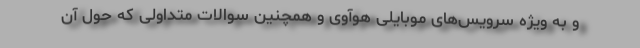
و به ویژه سرویس‌های موبایلی هوآوی و همچنین سوالات متداولی که حول آن